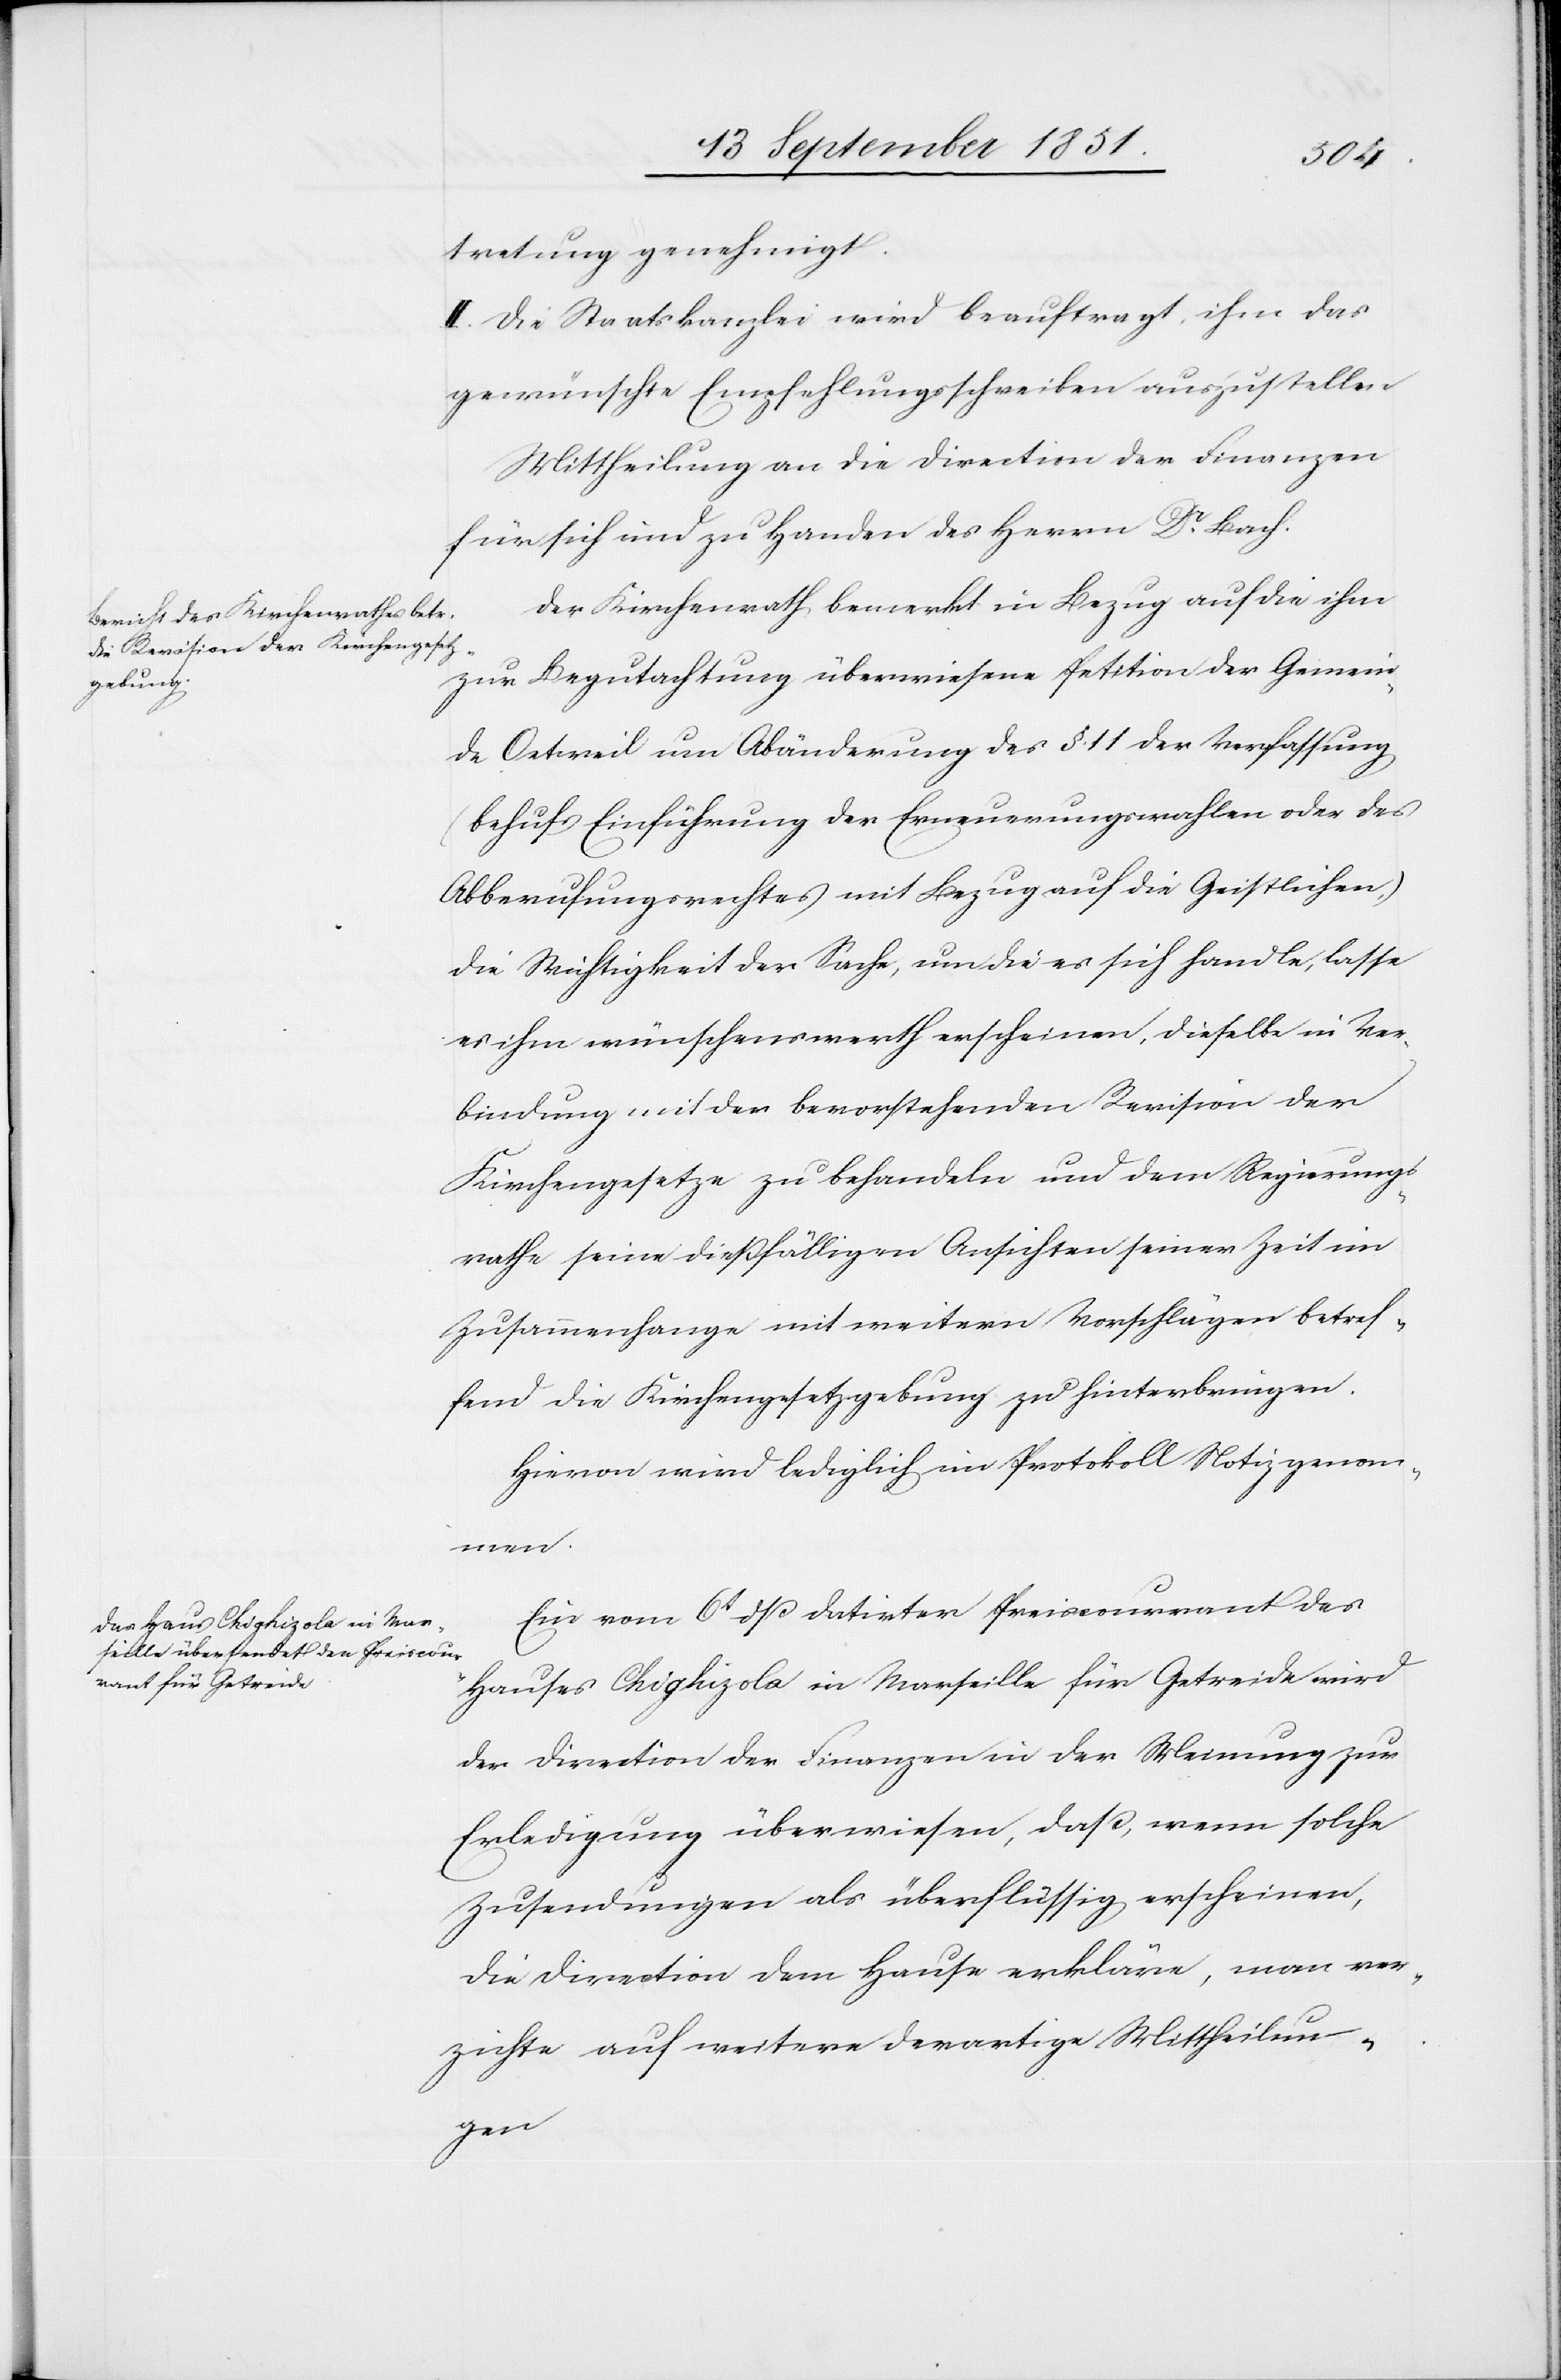
tretung genehmigt.
II. Die Staatskanzlei wird beauftragt, ihm das
gewünschte Empfehlungsschreiben auszustellen
Mittheilung an die Direction der Finanzen
für sich und zu Handen des Herrn Dr. Bach.
Der Kirchenrath bemerkt in Bezug auf die ihm
zur Begutachtung überwiesene Petition der Gemein¬
de Oetweil um Abänderung des §. 11 der Verfassung
(behufs Einführung der Erneuerungswahlen oder des
Abberufungsrechtes mit Bezug auf die Geistlichen,)
die Wichtigkeit der Sache, um die es sich handle, lasse
es ihm wünschenswerth erscheinen, dieselbe in Ver¬
bindung mit der bevorstehenden Revision der
Kirchengesetze zu behandeln und dem Regierungs¬
rathe seine dießfälligen Ansichten seiner Zeit im
Zusammenhange mit weitern Vorschlägen betref¬
fend die Kirchengesetzgebung zu hinterbringen.
Hievon wird lediglich im Protokoll Notiz genom¬
men.
Ein vom 6t dß datirter Preiscourrant des
Hauses Chighizola in Marseille für Getreide wird
der Direction der Finanzen in der Meinung zur
Erledigung überwiesen, daß, wenn solche
Zusendungen als überflüssig erscheinen,
die Direction dem Hause erkläre, man ver¬
zichte auf weitere derartige Mittheilun¬
gen[.]